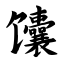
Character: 馕